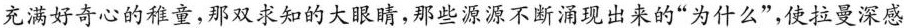
充满好奇心的稚童，那双求知的大眼睛，那些源源不断涌现出来的”为什么”，使拉曼深感